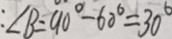
: \angle B = 9 0 ^ { \circ } - 6 0 ^ { \circ } = 3 0 ^ { \circ }